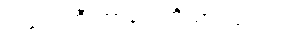
အရေးကြီးတာတွေကိုသာ လုပ်ပါ။